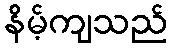
နိမ့်ကျသည်